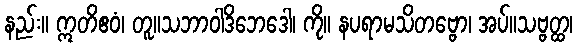
နည်း။ ဣတိဧဝံ၊ တူ။သဘာဝါဒိဘေဒေါ၊ ကို။ နပရာမသိတဗ္ဗော၊ အပ်။သဗ္ဗတ္ထ၊